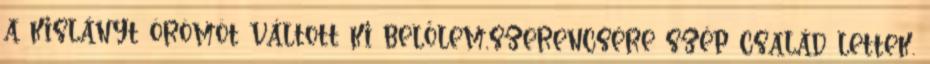
a kislányt örömöt váltott ki belőlem,szerencsére szép család lettek.